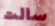
سالت